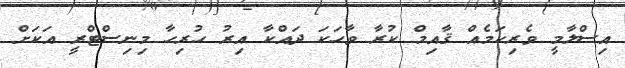
އިސްލާމީ ވެރިކަމެއް ޤާއިމް ކުރާ ވާހަކަ ދައްކާ އިރު ހުރިހާ މިނިސްޓްރީ އަކަށް